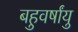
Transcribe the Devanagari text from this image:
बहुवर्षांयु